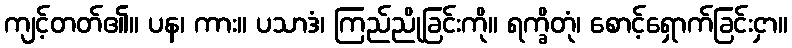
ကျင့်တတ်၏။ ပန၊ ကား။ ပသာဒံ၊ ကြည်ညိုခြင်းကို။ ရက္ခိတုံ၊ စောင့်ရှောက်ခြင်းငှာ။